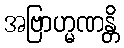
အဗြာဟ္မဏန္တိ